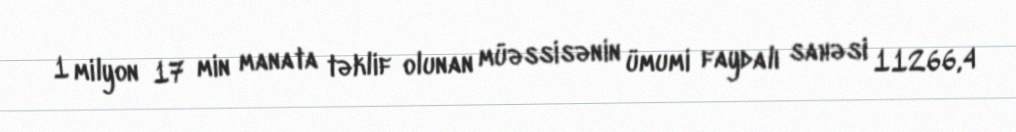
1 milyon 17 min manata təklif olunan müəssisənin ümumi faydalı sahəsi 11266,4